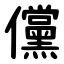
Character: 儻